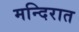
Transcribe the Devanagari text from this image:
मन्दिरात